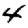
Digit: 4